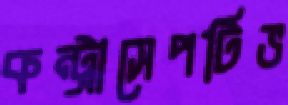
কন্ট্রাসেপটিভ